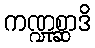
ကဏ္ဍုစ္ဆာဒိ